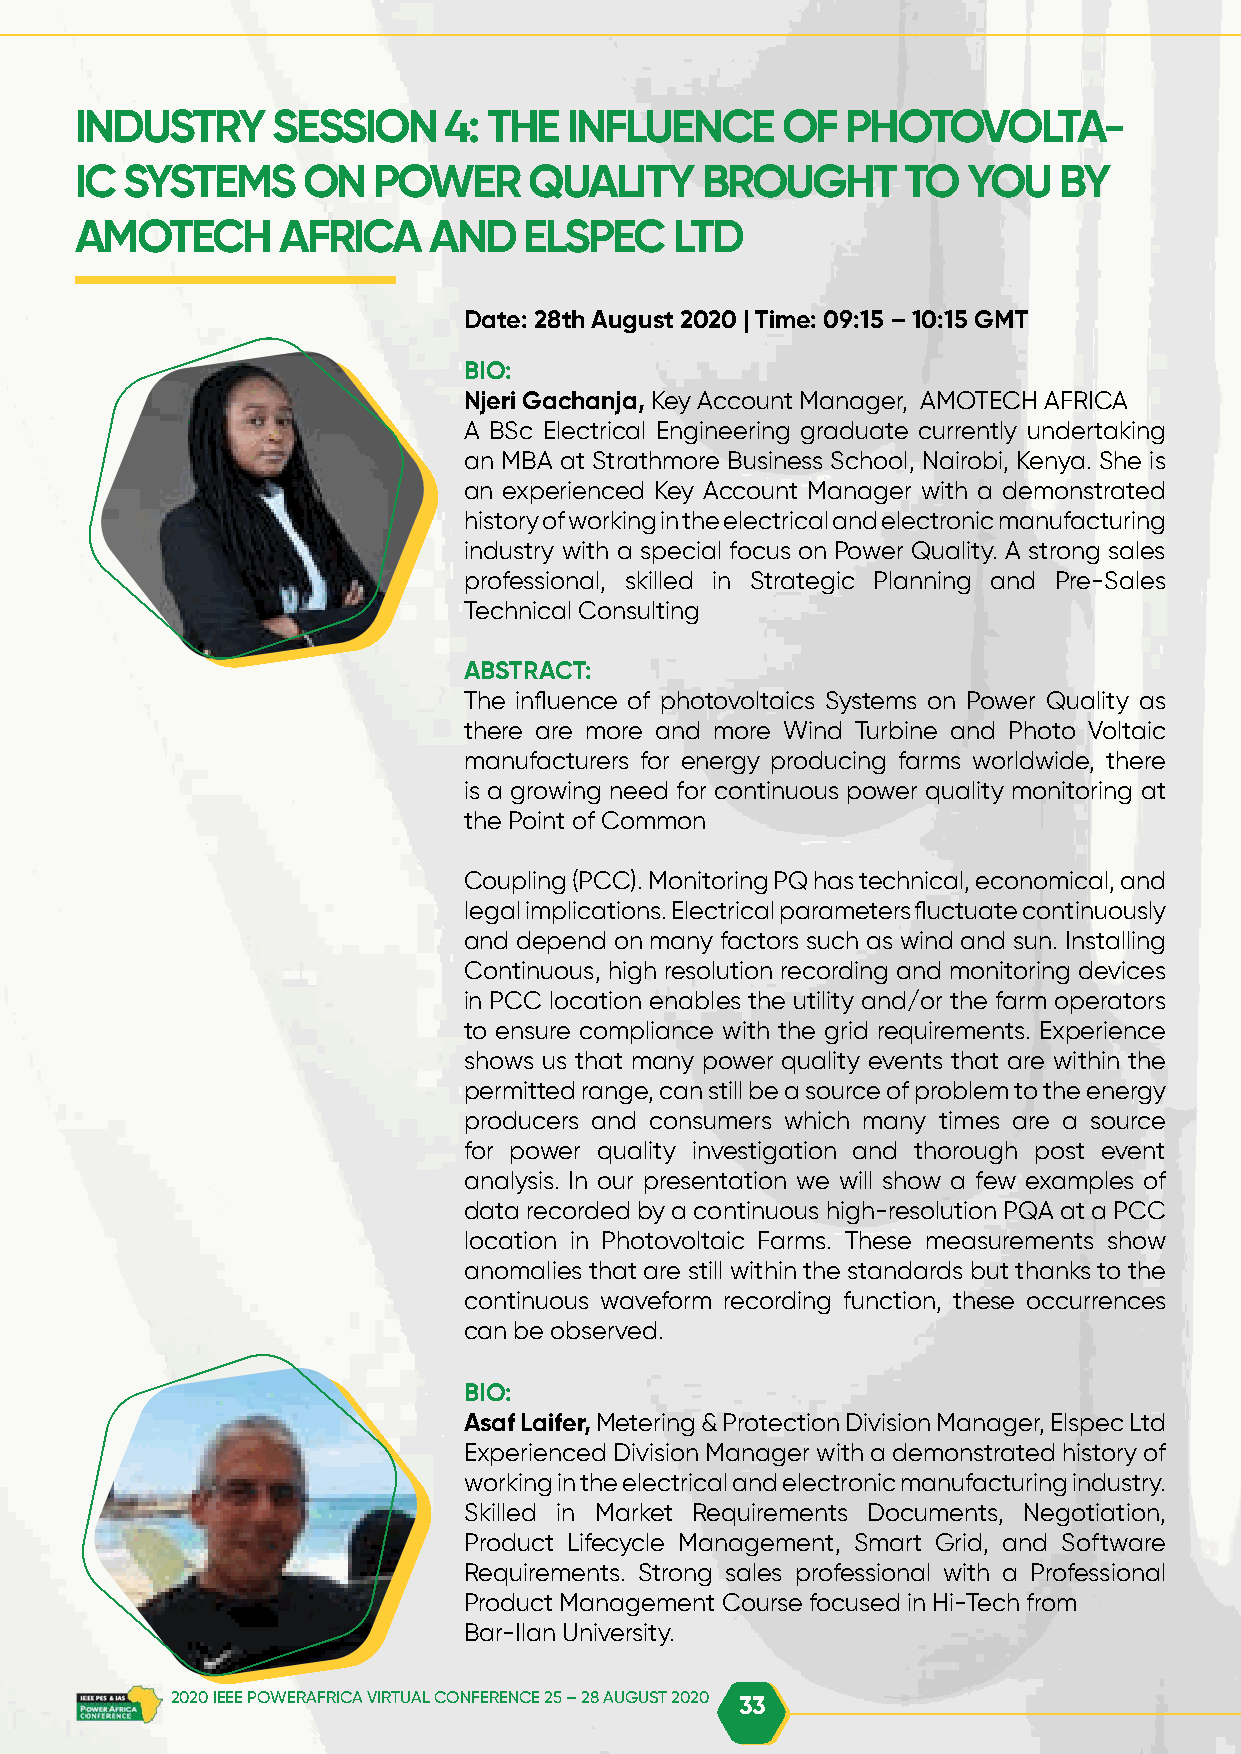
INDUSTRY     SESSION    4: THE   INFLUENCE     OF  PHOTOVOLTA-
 IC SYSTEMS     ON   POWER     QUALITY    BROUGHT       TO  YOU   BY
 AMOTECH      AFRICA    AND    ELSPEC    LTD
 Date: 28th August 2020 | Time: 09:15 – 10:15 GMT
 BIO:
 Njeri Gachanja, Key Account Manager, AMOTECH AFRICA
 A BSc Electrical Engineering graduate currently undertaking
 an MBA at Strathmore Business School, Nairobi, Kenya. She is
 an experienced Key Account Manager with a demonstrated
 history of working in the electrical and electronic manufacturing
 industry with a special focus on Power Quality. A strong sales
 professional, skilled in Strategic Planning and Pre-Sales
 Technical Consulting
 ABSTRACT:
 The influence of photovoltaics Systems on Power Quality as
 there are more and more Wind Turbine and Photo Voltaic
 manufacturers for energy producing farms worldwide, there
 is a growing need for continuous power quality monitoring at
 the Point of Common
 Coupling (PCC). Monitoring PQ has technical, economical, and
 legal implications. Electrical parameters fluctuate continuously
 and depend on many factors such as wind and sun. Installing
 Continuous, high resolution recording and monitoring devices
 in PCC location enables the utility and/or the farm operators
 to ensure compliance with the grid requirements. Experience
 shows us that many power quality events that are within the
 permitted range, can still be a source of problem to the energy
 producers and consumers which many times are a source
 for power quality investigation and thorough post event
 analysis. In our presentation we will show a few examples of
 data recorded by a continuous high-resolution PQA at a PCC
 location in Photovoltaic Farms. These measurements show
 anomalies that are still within the standards but thanks to the
 continuous waveform recording function, these occurrences
 can be observed.
 BIO:
 Asaf Laifer, Metering & Protection Division Manager, Elspec Ltd
 Experienced Division Manager with a demonstrated history of
 working in the electrical and electronic manufacturing industry.
 Skilled in Market Requirements Documents, Negotiation,
 Product Lifecycle Management, Smart Grid, and Software
 Requirements. Strong sales professional with a Professional
 Product Management Course focused in Hi-Tech from
 Bar-Ilan University.
 2020 IEEE POWERAFRICA VIRTUAL CONFERENCE 25 – 28 AUGUST 2020 33